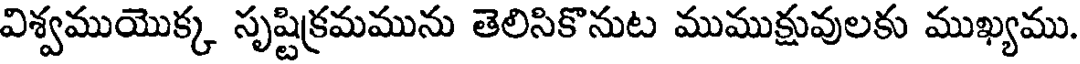
విశ్వముయొక్క సృష్టిక్రమమును తెలిసికొనుట ముముక్షువులకు ముఖ్యము.